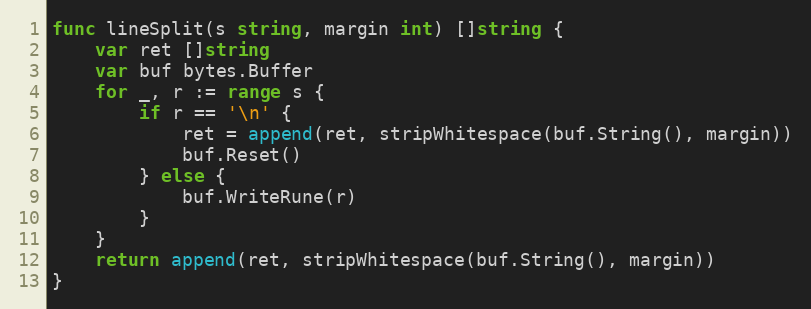
Language: Go
func lineSplit(s string, margin int) []string {
	var ret []string
	var buf bytes.Buffer
	for _, r := range s {
		if r == '\n' {
			ret = append(ret, stripWhitespace(buf.String(), margin))
			buf.Reset()
		} else {
			buf.WriteRune(r)
		}
	}
	return append(ret, stripWhitespace(buf.String(), margin))
}